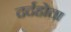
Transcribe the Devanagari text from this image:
दर्दहोता